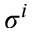
\sigma ^ { i }